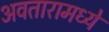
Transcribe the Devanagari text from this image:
अवतारामध्ये